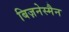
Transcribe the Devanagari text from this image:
बिज़नेस्मैन